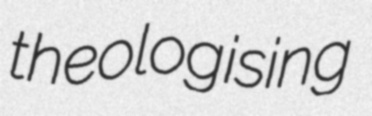
theologising